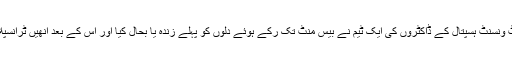
سڈنی کے سینٹ ونسنٹ ہسپتال کے ڈاکٹروں کی ایک ٹیم نے بیس منٹ تک رکے ہوئے دلوں کو پہلے زندہ یا بحال کیا اور اس کے بعد انھیں ٹرانسپلانٹ کر دیا گیا۔